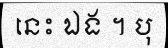
នេះ ឯង ។ បុ